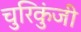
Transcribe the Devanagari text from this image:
चुरिकुंजी